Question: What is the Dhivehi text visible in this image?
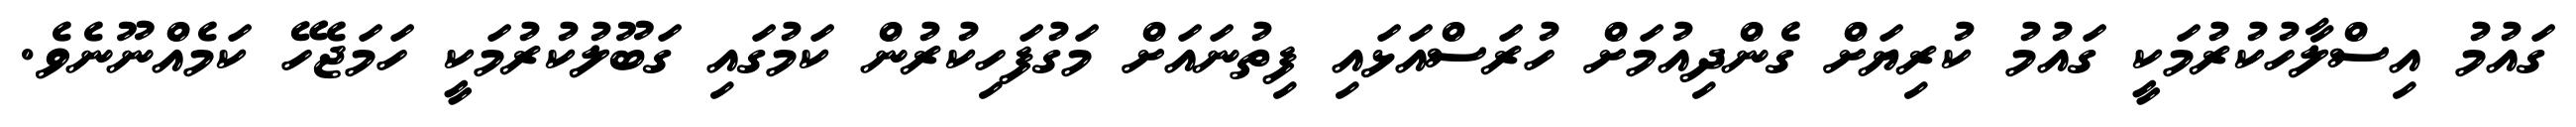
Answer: ގައުމު އިސްލާހުކުރުމަކީ ގައުމު ކުރިޔަށް ގެންދިއުމަށް ހުރަސްއަޅައި ފިތުނައަށް މަގުފަހިކުރުން ކަމުގައި ގަބޫލުކުރުމަކީ ހަމަޖެހޭ ކަމެއްނޫނެވެ.